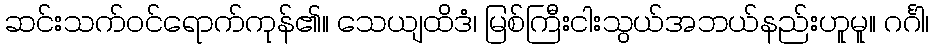
ဆင်းသက်ဝင်ရောက်ကုန်၏။ သေယျထိဒံ၊ မြစ်ကြီးငါးသွယ်အဘယ်နည်းဟူမူ။ ဂင်္ဂါ၊